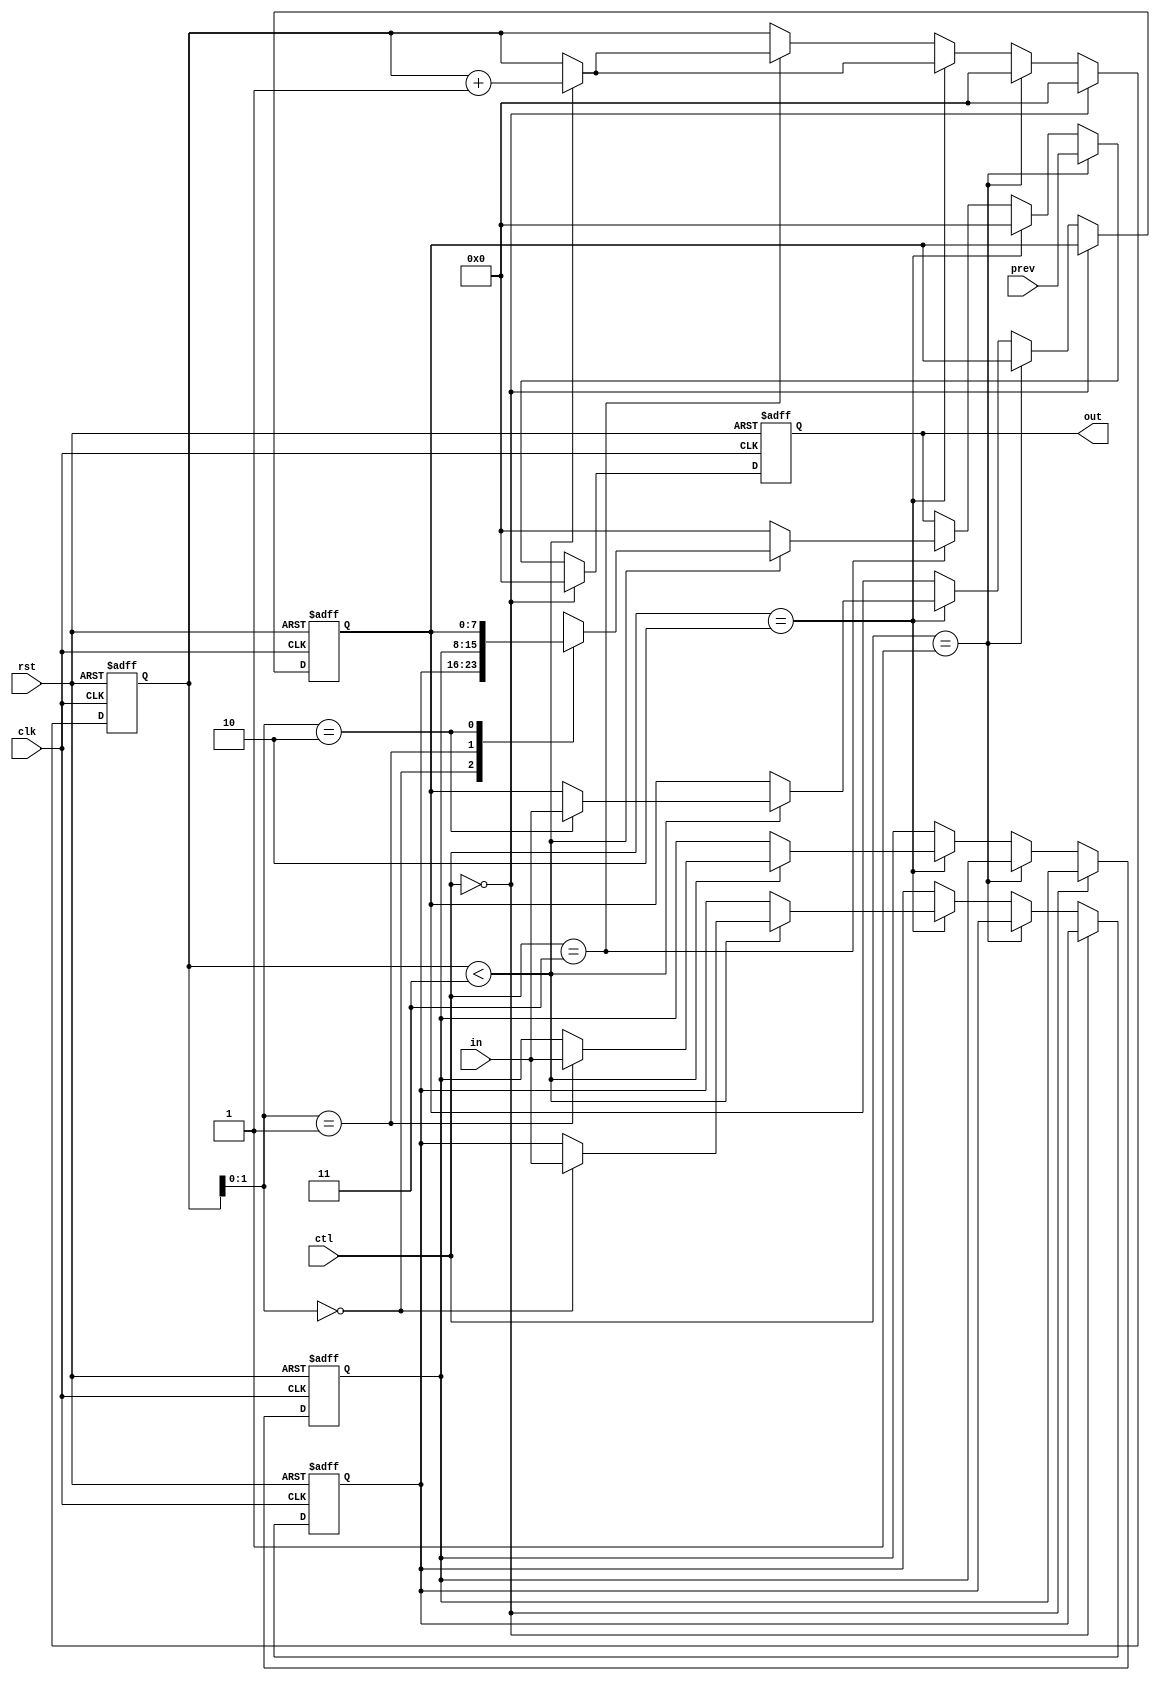
module OB(clk,rst,ctl,in,prev,out);
parameter width=8;
parameter rows=3;

input clk,rst;
input[1:0] ctl;
input[width-1:0] in;    // Data_in from the connected PE.
input[width-1:0] prev;  // data from the previous output buffer.
output reg[width-1:0] out;  // Data_out of this buffer.

reg[width-1:0] buffer[rows-1:0];

reg[7:0] i;

reg[7:0] addr;

always@(posedge clk or negedge rst)begin
	if(~rst)begin
		for(i=0;i<rows;i=i+1)begin
			buffer[i]<=0;
		end
		out<=0;
		addr<=0;
	end
	else begin
		if(ctl==0)begin   // Idle.
			addr<=0;
			out<=0;
		end
		else if(ctl==1)begin  // Pass the data from Prev to Out.
			addr<=0;
			out<=prev;
		end
		else if(ctl==2)begin  // Store the data_in to the buffer.
			if(addr<rows)begin
				buffer[addr]<=in;
				addr<=addr+1;
			end
			out<=0;
		end
		else if(ctl==3)begin  // Output the data from the buffer.
			if(addr<rows)begin
				out<=buffer[addr];
				addr<=addr+1;
			end
			else begin
				out<=0;
			end
		end
	end
end

endmodule